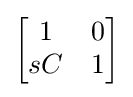
{\begin{bmatrix}1&0\\sC&1\end{bmatrix}}